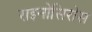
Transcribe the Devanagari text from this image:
राइनोसिरोस